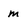
Character: M